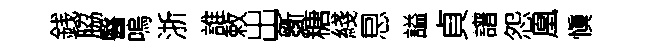
銭脇醫嗚浙誰敕出斵糖綫㤙謚貞譜怨凰愼